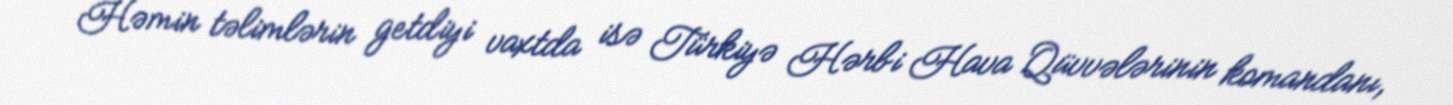
Həmin təlimlərin getdiyi vaxtda isə Türkiyə Hərbi Hava Qüvvələrinin komandanı,